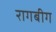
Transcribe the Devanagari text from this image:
रागबीग